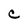
Character: C